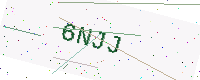
Text: 6NJJ